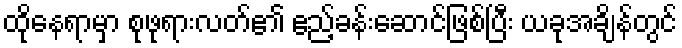
ထိုနေရာမှာ စုဖုရားလတ်၏ ဧည့်ခန်းဆောင်ဖြစ်ပြီး ယခုအချိန်တွင်